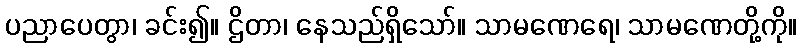
ပညာပေတွာ၊ ခင်း၍။ ဌိတာ၊ နေသည်ရှိသော်။ သာမဏေရေ၊ သာမဏေတို့ကို။